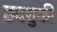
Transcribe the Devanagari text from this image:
छदशुकी